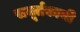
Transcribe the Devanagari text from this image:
समूर्तकाची